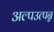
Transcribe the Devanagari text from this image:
अल्पउत्पन्न